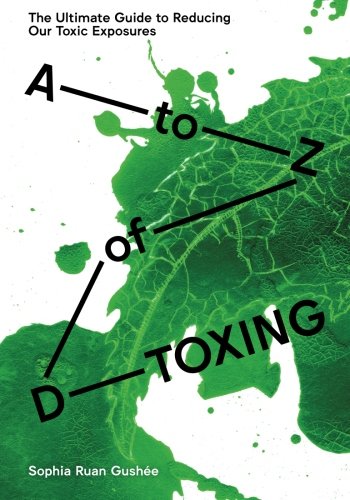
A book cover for A to Z of D-Toxing: The Ultimate Guide to Reducing Our Toxic Exposures; Sophia Ruan Gushee; Science & Math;